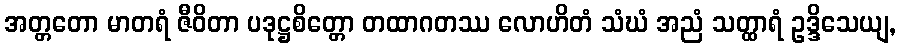
အတ္တတော မာတရံ ဇီဝိတာ ပဒုဋ္ဌစိတ္တော တထာဂတဿ လောဟိတံ သံဃံ အညံ သတ္ထာရံ ဥဒ္ဒိသေယျ,